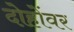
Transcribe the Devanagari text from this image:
दोहोंवर